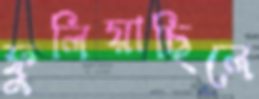
ফুলিয়াছিলে